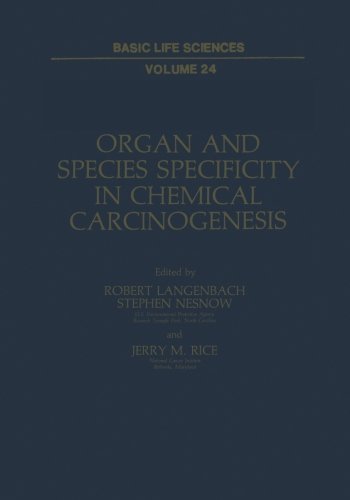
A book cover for Organ and Species Specificity in Chemical Carcinogenesis (Basic Life Sciences); Medical Books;